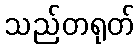
သည်တရုတ်